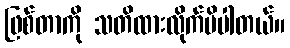
ဖြစ်တာကို သတိထားလိုက်မိပါတယ်။